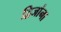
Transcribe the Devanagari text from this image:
द्विजांना